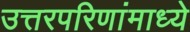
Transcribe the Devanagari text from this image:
उत्तरपरिणांमाध्ये